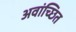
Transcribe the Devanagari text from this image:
अवांच्छित